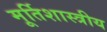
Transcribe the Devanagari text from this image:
मूर्तिशास्त्रीय